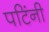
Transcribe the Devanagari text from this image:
पटिंनी